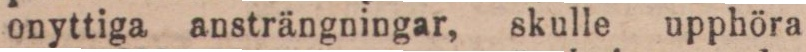
onyttiga ansträngningar, skulle upphöra